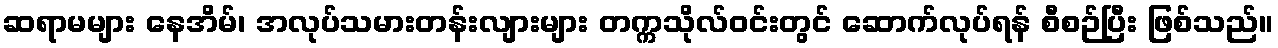
ဆရာမများ နေအိမ်၊ အလုပ်သမားတန်းလျားများ တက္ကသိုလ်ဝင်းတွင် ဆောက်လုပ်ရန် စီစဉ်ပြီး ဖြစ်သည်။